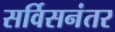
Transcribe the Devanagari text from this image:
सर्विसनंतर